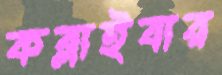
কব্‌লাইবার